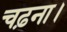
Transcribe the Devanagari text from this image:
चढ़ना।